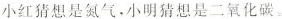
小红猜想是氮气。小明猜想是二氧化碳